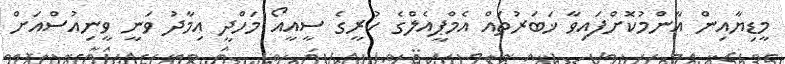
މީޑިޔާއިން އާންމުކޮށްފައިވާ ޚަބަރުތައް އެމްޕީއެލްގެ ކުރީގެ ސީއީއޯ މަހްދީ އިމާދު ވަނީ ވީނިއުސްއަށް